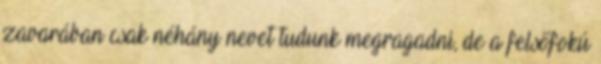
zavarában csak néhány nevet tudunk megragadni, de a felsőfokú